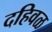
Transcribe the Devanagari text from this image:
दहिवळ